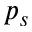
p _ { s }